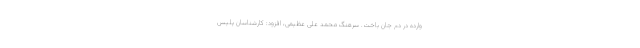
وارده در دم جان باخت. سرهنگ محمد علی عظیمی، افزود: کارشناسان پلیس